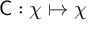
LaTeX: { \mathsf { C } } : \chi \mapsto \chi